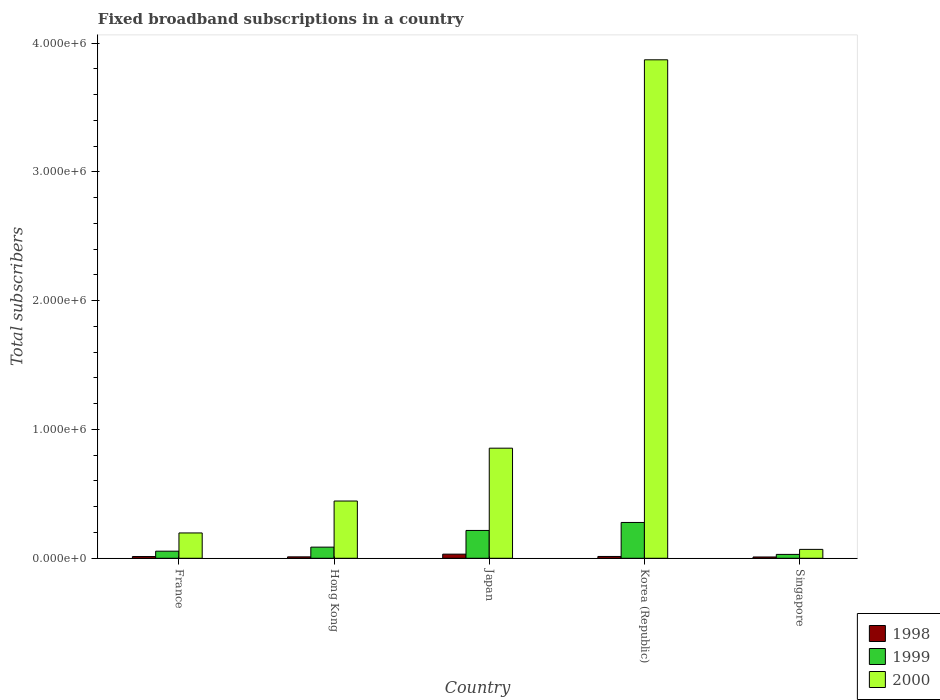
| Country | 1998 | 1999 | 2000 |
 | --- | --- | --- | --- |
 | France | 1.35e+04 | 5.5e+04 | 1.97e+05 |
 | Hong Kong | 1.1e+04 | 8.65e+04 | 4.44e+05 |
 | Japan | 3.2e+04 | 2.16e+05 | 8.55e+05 |
 | Korea (Republic) | 1.4e+04 | 2.78e+05 | 3.87e+06 |
 | Singapore | 1e+04 | 3e+04 | 6.9e+04 |